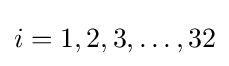
i=1,2,3,\ldots ,32